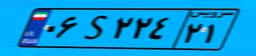
۰۶S۲۲۴۲۱